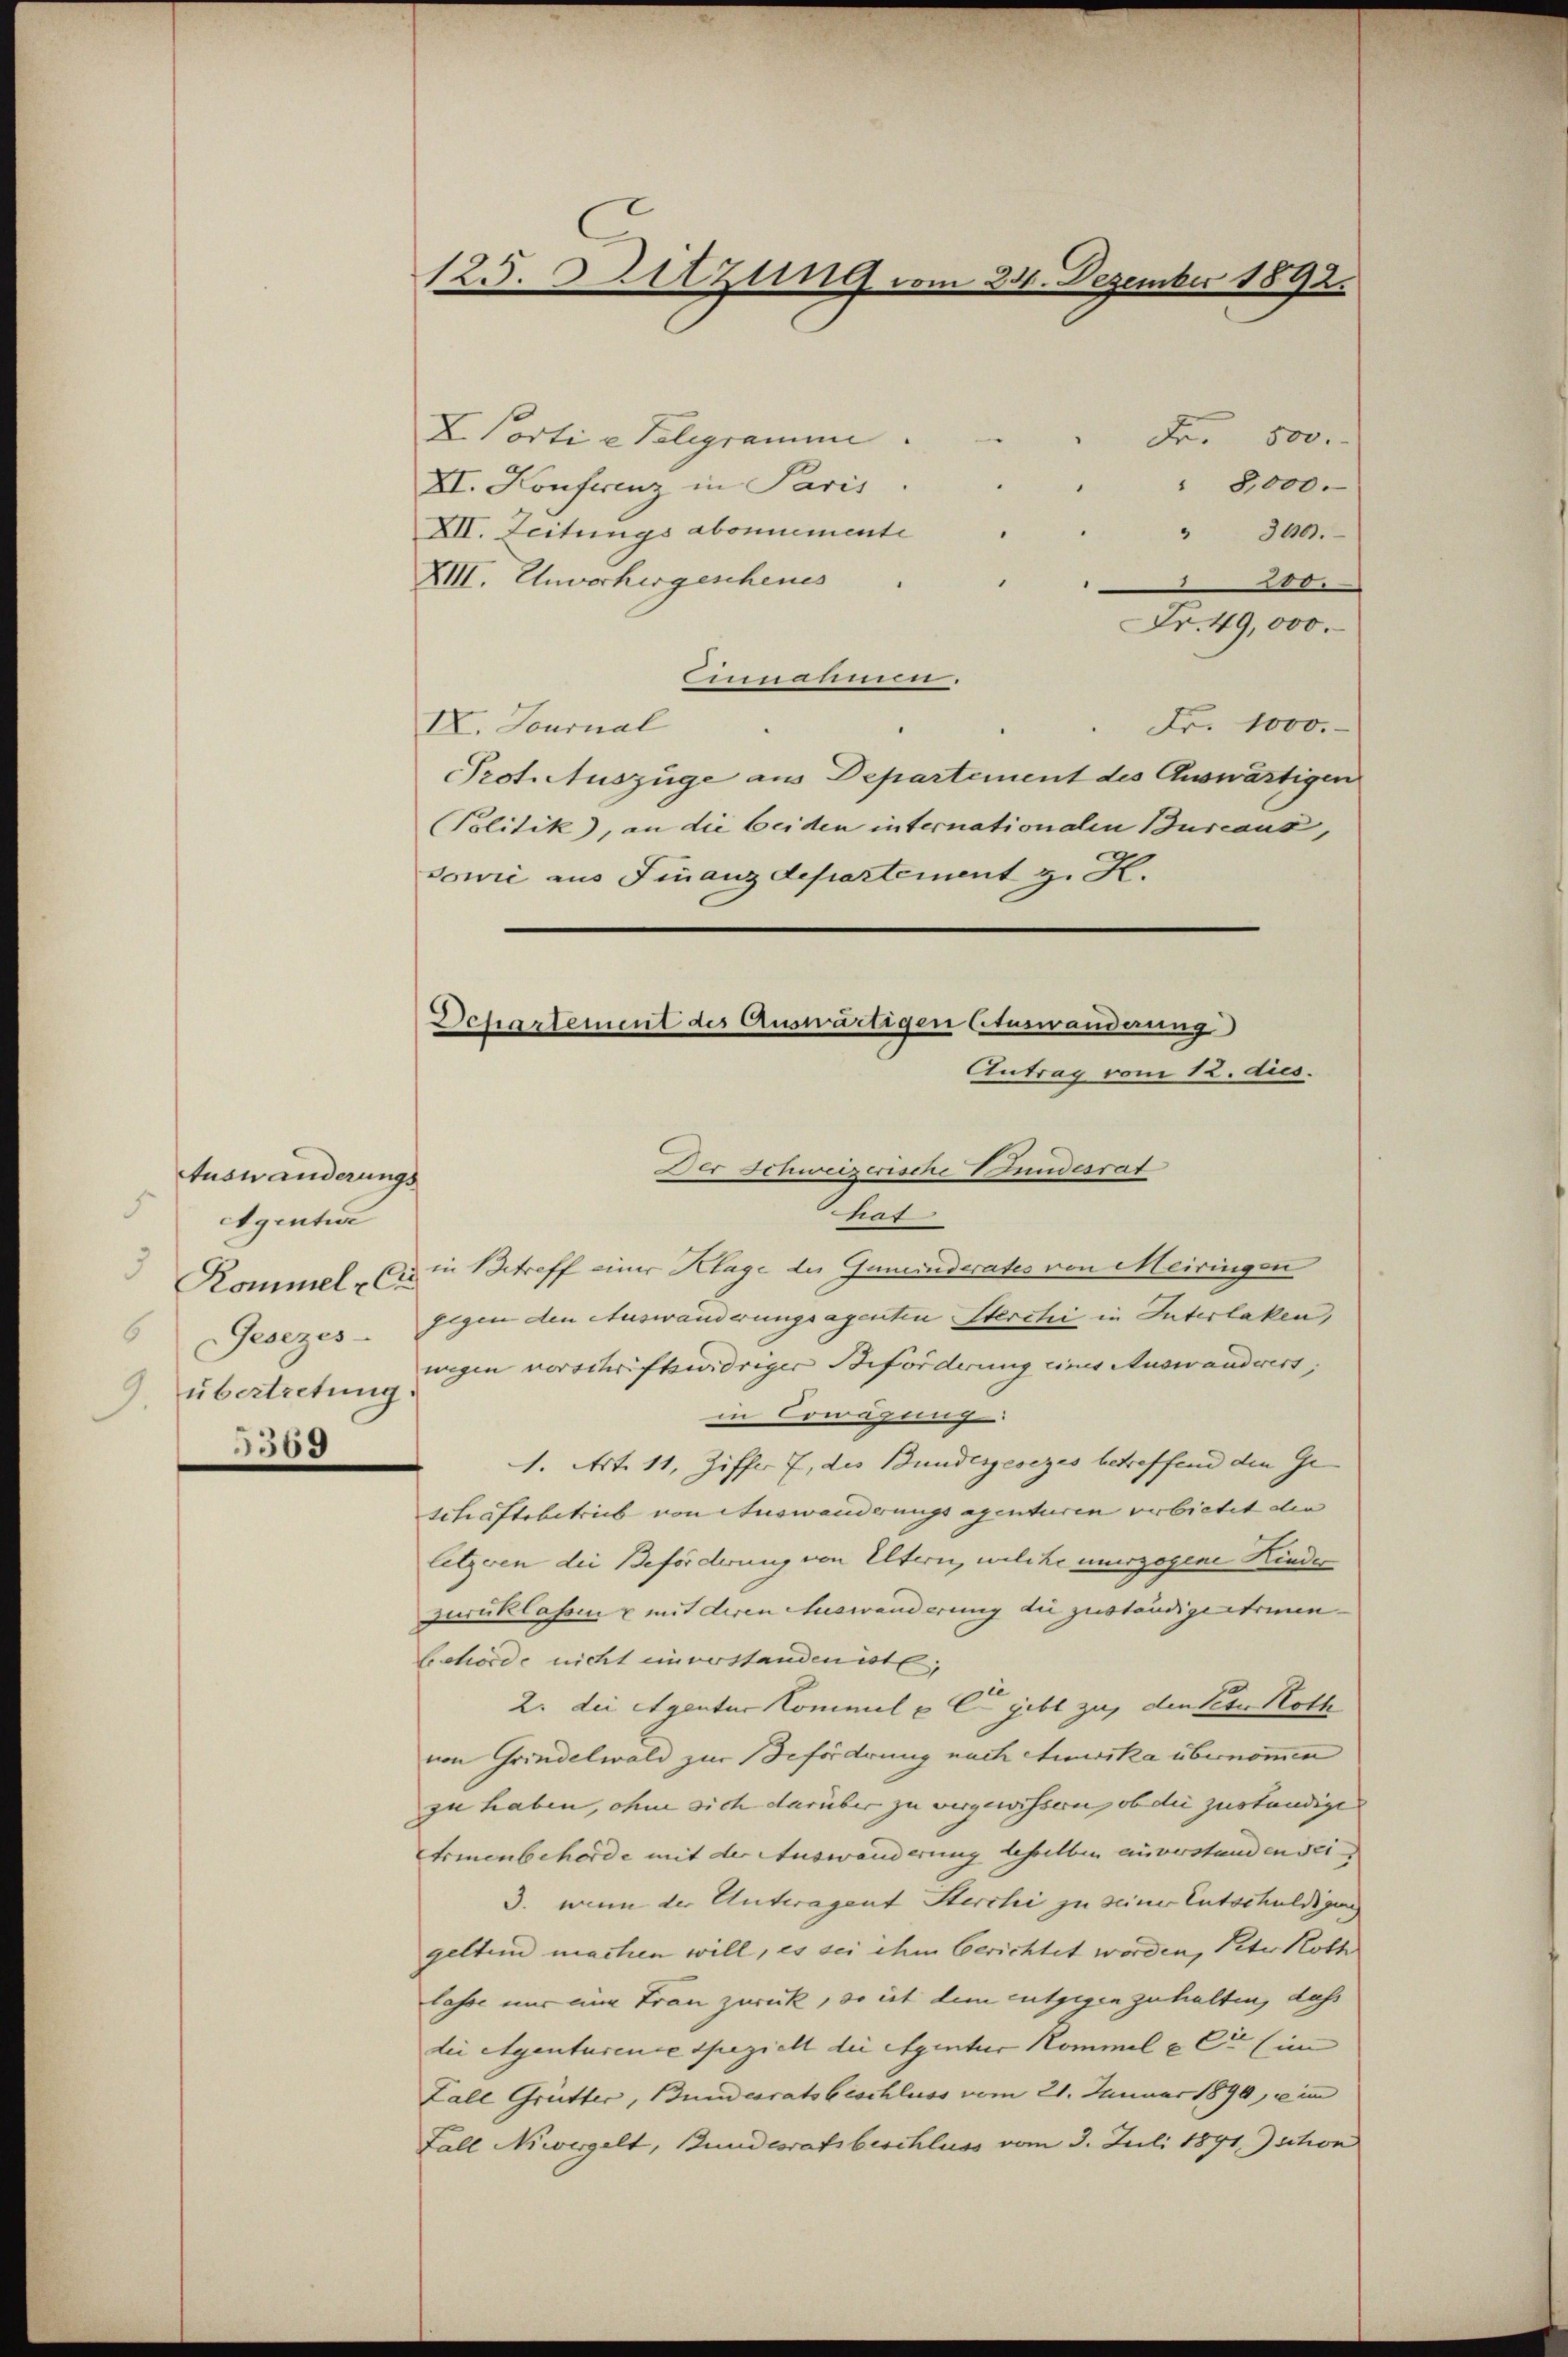
Auswänderungs
d
Agentie
3
Kommel - Cir
6 Gesezes-
9 übertretung

369

125. Sitzung vom 24. Dezember 1892.

X Porti e Telegramme
Fr. 500.
" 8,000.
XI. Konferenz in Paris.
XII. Zeitungsabonnemente
" 300.
XIII. Unvorhergescheines
.
Fr. 49,000.
Einnahmen.
Fr. 1000.
IV. Journal
Prot. Auszüge aus Departement des Auswärtigen
Politik), an die beiden internationalen Bureaus,
sowie aus Finanzdepartement z. H.
Der Schweizerische Bundesrat
hraf
in Betreff einer Klage der Gemeinderates von Meiringen
gegen den Auswanderungsagenten Sterchi in Interlaken,
wegen vorschriftwidriger Beforderung eines Auswanderers,
in Erwägung
1. Art. 11, Ziffer 7, des Bundergesezes betreffend den Geschäftsbetrieb von Auswanderungsagenturen verbietet die |
litzeren die Beförderung von Eltern, welche unerzogene Kinder
zuruklassen u mit deren Auswanderung die zuständiger treuen
bchorde nicht einverstanden ist,
2. die eigentur Commel u C gibt zu, den des Roth
von Grindelwald zur Beförderung nach Auska übernommen
zu haben, ohne sich darüber zu vergewissern, ob die zuständige
Armenbehörde mit der Auswänderung desselben anverstanden sei
3. wenn der Unteragent Sterchi zu seiner Entschuldigen
geltend machen will, es sei ihm berichtet worden, Peter Roth
lasse nur mir Frau zurück, do ist dem entgegen zuhalten, daß
die Agenturence spezielt die Agentur Kommel u C (im
Fall Grütter, Bundesratsbeschluss vom 21. Januar 1890, u im
Fall Niwergelt, Bundesratsbeschluss vom 3. Juli 1891. Zschon

Dchartement des Auswärtigen Auswanderung
Antrag vom 12. dies.